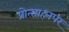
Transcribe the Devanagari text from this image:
प्रोत्साहनपर